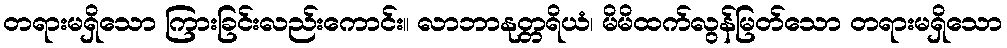
တရားမရှိသော ကြားခြင်းလည်းကောင်း။ လာဘာနုတ္တရိယံ၊ မိမိထက်လွန်မြတ်သော တရားမရှိသော